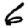
Digit: 6